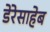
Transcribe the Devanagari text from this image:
डेरेसाहेब